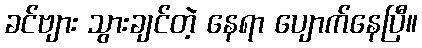
ခင်ဗျား သွားချင်တဲ့ နေရာ ပျောက်နေပြီ။